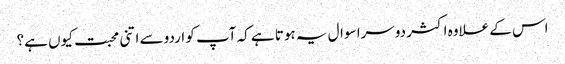
اس کے علاوہ اکثر دوسرا سوال یہ ہوتا ہے کہ آپ کو اردو سے اتنی محبت کیوں ہے؟